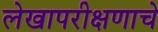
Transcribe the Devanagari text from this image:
लेखापरीक्षणाचे